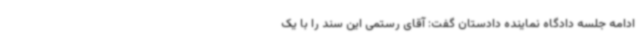
ادامه جلسه دادگاه نماینده دادستان گفت: آقای رستمی این سند را با یک